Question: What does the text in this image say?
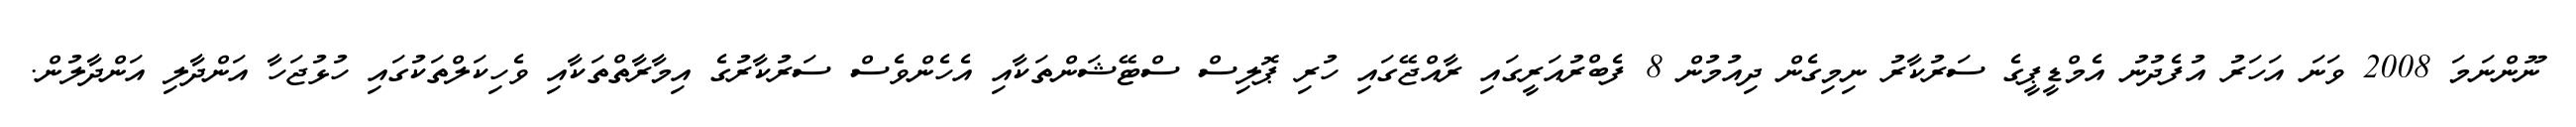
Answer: ނޫންނަމަ 2008 ވަނަ އަހަރު އުފެދުނު އެމްޑީޕީގެ ސަރުކާރު ނިމިގެން ދިއުމުން 8 ފެބްރުއަރީގައި ރާއްޖޭގައި ހުރި ޕޮލިސް ސްޓޭޝަންތަކާއި އެހެންވެސް ސަރުކާރުގެ އިމާރާތްތަކާއި ވެހިކަލްތަކުގައި ހުޅުޖަހާ އަންދާލި އަންދާލުން.